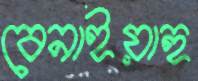
বেনাইয়াহু